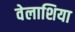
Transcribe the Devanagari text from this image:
वेलाशिया